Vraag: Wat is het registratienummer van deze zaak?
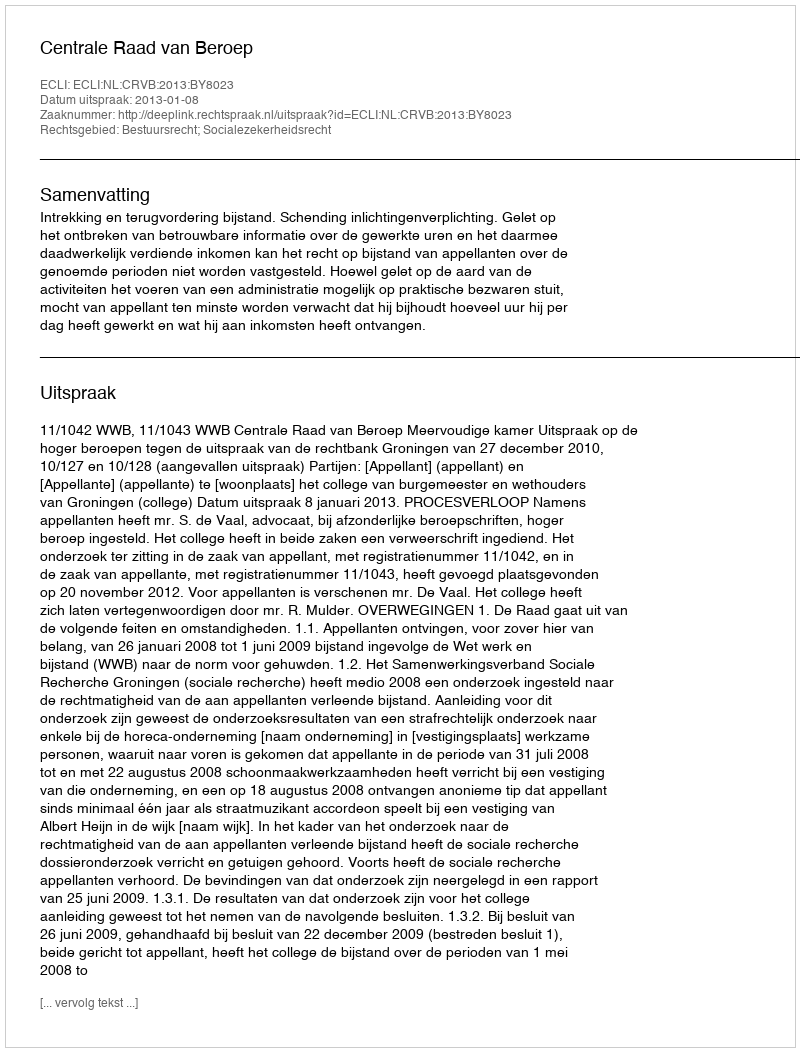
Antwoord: http://deeplink.rechtspraak.nl/uitspraak?id=ECLI:NL:CRVB:2013:BY8023